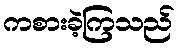
ကစားခဲ့ကြသည်